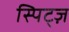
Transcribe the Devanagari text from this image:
स्पिट्ज़